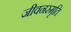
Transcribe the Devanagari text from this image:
जीवनस्मृति